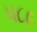
૫૮૯